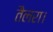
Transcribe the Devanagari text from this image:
तैलरा।